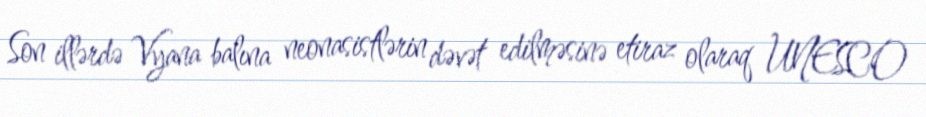
Son illərdə Vyana balına neonasistlərin dəvət edilməsinə etiraz olaraq UNESCO